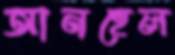
আনহেল